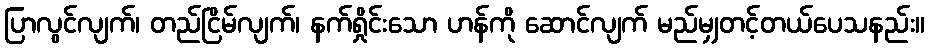
ပြာလွင်လျက်၊ တည်ငြိမ်လျက်၊ နက်ရှိုင်းသော ဟန်ကို ဆောင်လျက် မည်မျှတင့်တယ်ပေသနည်း။